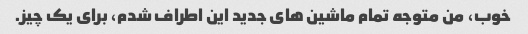
خوب، من متوجه تمام ماشین های جدید این اطراف شدم، برای یک چیز.